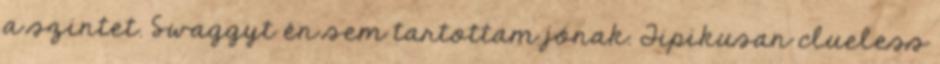
a szintet. Swaggyt én sem tartottam jónak. Tipikusan clueless